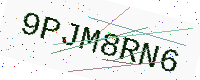
Text: 9PJM8RN6